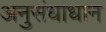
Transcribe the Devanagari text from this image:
अनुसंधाधान